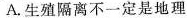
A.生殖隔离不一定是地理